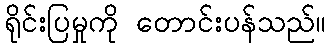
ရိုင်းပြမှုကို တောင်းပန်သည်။